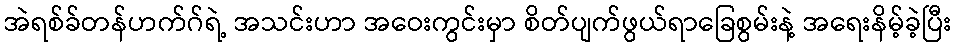
အဲရစ်ခ်တန်ဟက်ဂ်ရဲ့ အသင်းဟာ အဝေးကွင်းမှာ စိတ်ပျက်ဖွယ်ရာခြေစွမ်းနဲ့ အရေးနိမ့်ခဲ့ပြီး